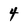
Character: 4